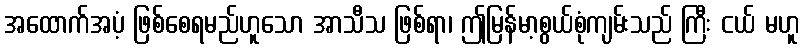
အထောက်အပံ့ ဖြစ်စေရမည်ဟူသော အာသီသ ဖြစ်ရာ၊ ဤမြန်မာ့စွယ်စုံကျမ်းသည် ကြီး ငယ် မဟူ